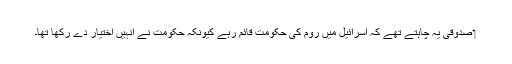
‏ صدوقی یہ چاہتے تھے کہ اِسرائیل میں روم کی حکومت قائم رہے کیونکہ حکومت نے اُنہیں اِختیار دے رکھا تھا۔